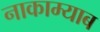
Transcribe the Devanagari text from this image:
नाकाम्याब